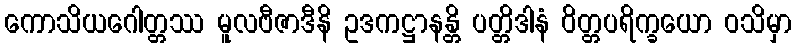
ကောသိယဂေါတ္တဿ မူလဗီဇာဒီနိ ဥဒကဋ္ဌာနန္တိ ပတ္တိဒါနံ ဝိတ္တပရိက္ခယော ဝသိမှာ